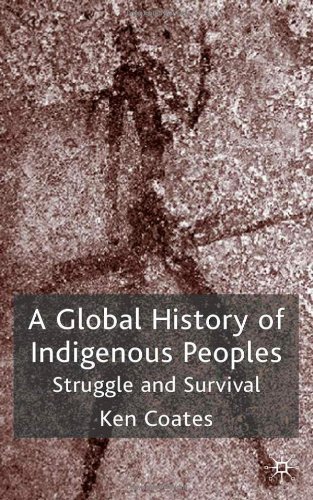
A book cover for A Global History of Indigenous Peoples: Struggle and Survival; Ken S. Coates; Law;